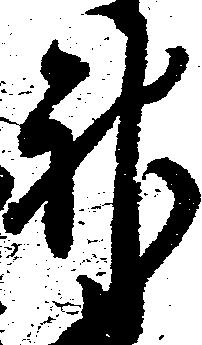
神